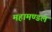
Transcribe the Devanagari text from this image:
महामण्‍डल